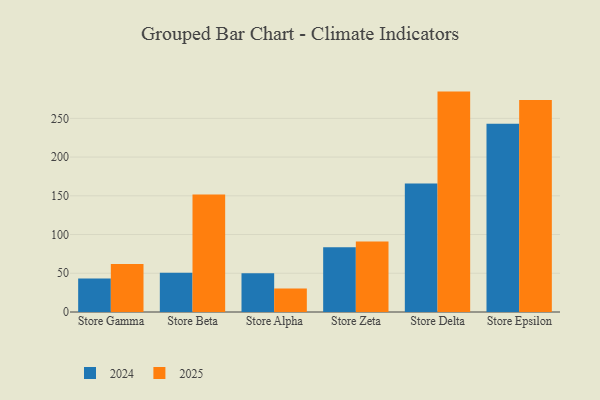
{"axis": {"x": "Store", "y": "Energy Usage (MWh)"}, "legend": ["2024", "2025"], "data": [{"x": "Store Gamma", "y": 43.4, "type": "2024"}, {"x": "Store Gamma", "y": 61.8, "type": "2025"}, {"x": "Store Beta", "y": 50.8, "type": "2024"}, {"x": "Store Beta", "y": 151.6, "type": "2025"}, {"x": "Store Alpha", "y": 50.1, "type": "2024"}, {"x": "Store Alpha", "y": 30.3, "type": "2025"}, {"x": "Store Zeta", "y": 83.5, "type": "2024"}, {"x": "Store Zeta", "y": 91.0, "type": "2025"}, {"x": "Store Delta", "y": 166.0, "type": "2024"}, {"x": "Store Delta", "y": 284.5, "type": "2025"}, {"x": "Store Epsilon", "y": 243.1, "type": "2024"}, {"x": "Store Epsilon", "y": 273.5, "type": "2025"}]}